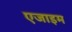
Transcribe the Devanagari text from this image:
एजाइम